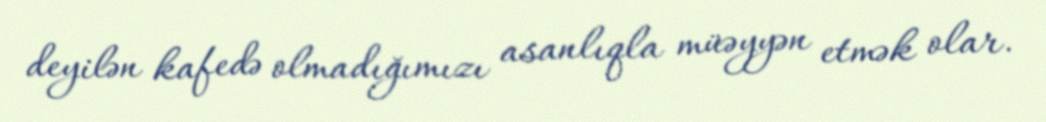
deyilən kafedə olmadığımızı asanlıqla müəyyən etmək olar.